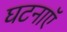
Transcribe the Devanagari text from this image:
घटनाएॅ